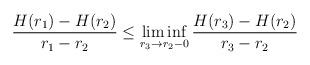
LaTeX: \begin{align*}\frac{H(r_1)-H(r_2)}{r_1-r_2} \leq\liminf\limits_{r_3 \to r_2-0}\frac{H(r_3)-H(r_2)}{r_3-r_2}\end{align*}